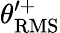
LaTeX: \theta_{\mathrm{RMS}}^{\prime+}